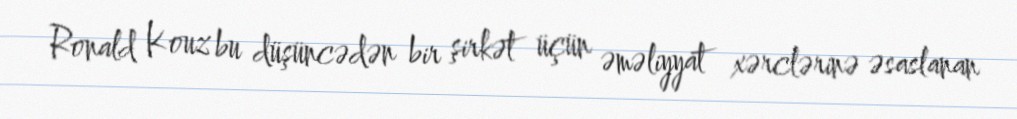
Ronald Kouz bu düşüncədən bir şirkət üçün əməliyyat xərclərinə əsaslanan